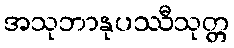
အသုဘာနုပဿီသုတ္တ